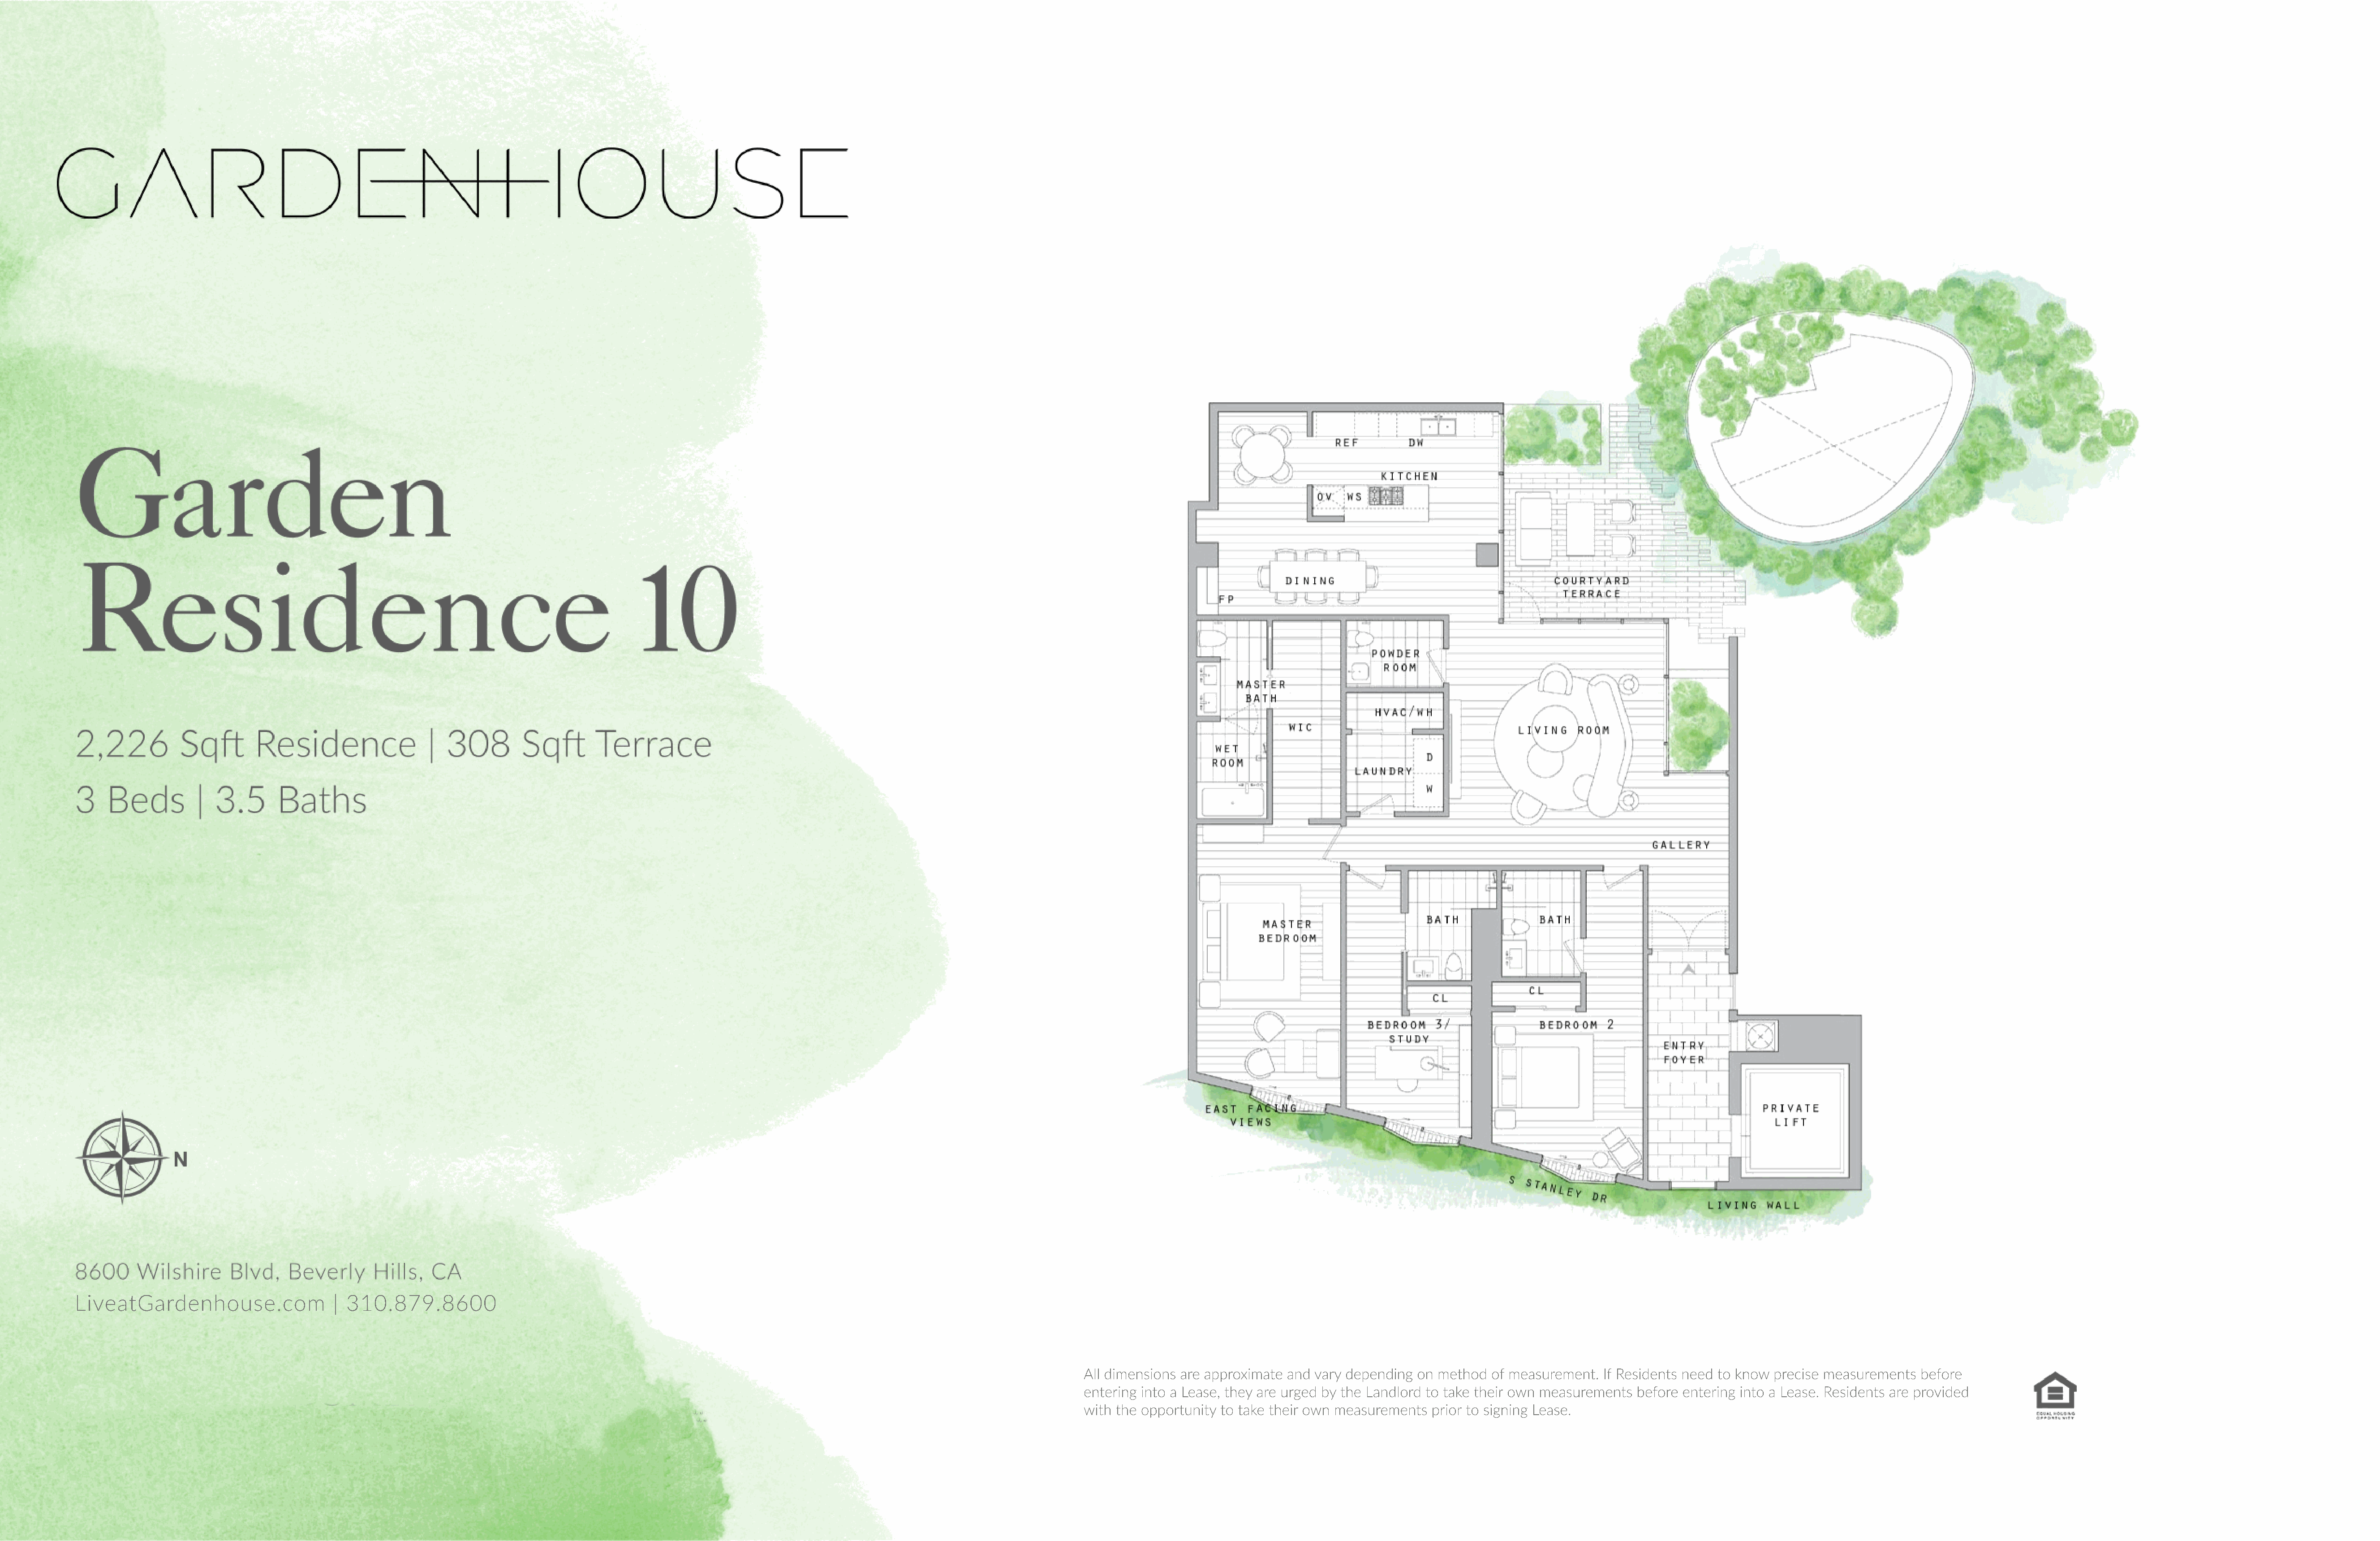
LiveatGardenhouse.com                 | 310.879.8600
 All dimensions are approximate and vary depending on method of measurement.  If Residents need to know precise measurements before
 entering into a Lease, they are urged by the Landlord to take their own measurements before entering into a Lease. Residents are provided
 with the opportunity to take their own measurements prior to signing Lease.